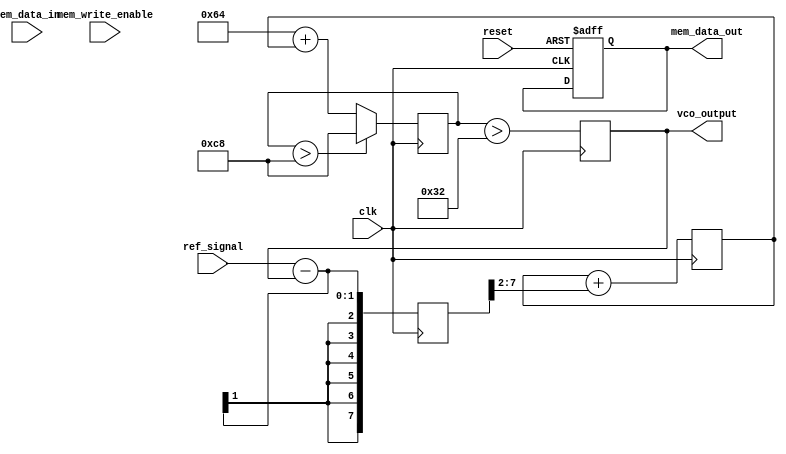
module DPLL
#(
    parameter N = 8, // Bit-width for memory and other signals
    parameter REF_FREQ = 100, // Reference frequency (in arbitrary units)
    parameter VCO_MAX_FREQ = 200 // Maximum VCO frequency
)
(
    input wire clk, // System clock
    input wire reset, // Active high reset
    input wire ref_signal, // Reference input signal
    output wire vco_output, // VCO output signal
    input wire [N-1:0] mem_data_in, // Data input for memory block
    input wire mem_write_enable, // Control signal to write to memory
    output reg [N-1:0] mem_data_out // Data output from memory block
);

    // Memory Block
    reg [N-1:0] memory [0:255]; // 256 x N memory block
    
    // Phase Detector
    reg [N-1:0] phase_error; // Phase error signal

    // Loop Filter
    reg [N-1:0] loop_filter_output;
    
    // Voltage-Controlled Oscillator (VCO)
    reg [N-1:0] vco_frequency; // Current frequency of the VCO
    reg vco_signal; // VCO output signal
    wire vco_clk; // Signal generated by VCO

    // Memory block write operation
    always @(posedge clk or posedge reset) begin
        if (reset) begin
            mem_data_out <= 0;
        end else if (mem_write_enable) begin
            memory[mem_data_in[7:0]] <= mem_data_in; // Write to memory
        end
    end

    // Phase Detector (PD)
    always @(posedge clk) begin
        // Simple phase detection logic (for example)
        phase_error <= (ref_signal - vco_signal); // Assuming signals are in an appropriate format
    end

    // Loop Filter (LF)
    always @(posedge clk) begin
        // A simple first-order low-pass filter implementation
        loop_filter_output <= loop_filter_output + (phase_error >> 2); // Divide by 4 (adjust as needed)
    end

    // Voltage-Controlled Oscillator (VCO)
    always @(posedge clk) begin
        // Update VCO frequency based on loop filter output
        vco_frequency <= REF_FREQ + loop_filter_output; // Base frequency + filter output
        if (vco_frequency > VCO_MAX_FREQ)
            vco_frequency <= VCO_MAX_FREQ; // Clamp to max frequency

        // Generate VCO output signal
        vco_signal <= (vco_frequency > (REF_FREQ >> 1)); // Generate a square wave based on VCO frequency
    end

    // Output the VCO signal
    assign vco_output = vco_signal;

endmodule